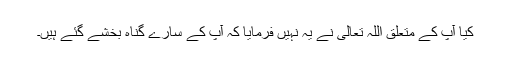
کیا آپؐ کے متعلق اللہ تعالیٰ نے یہ نہیں فرمایا کہ آپؐ کے سارے گناہ بخشے گئے ہیں۔